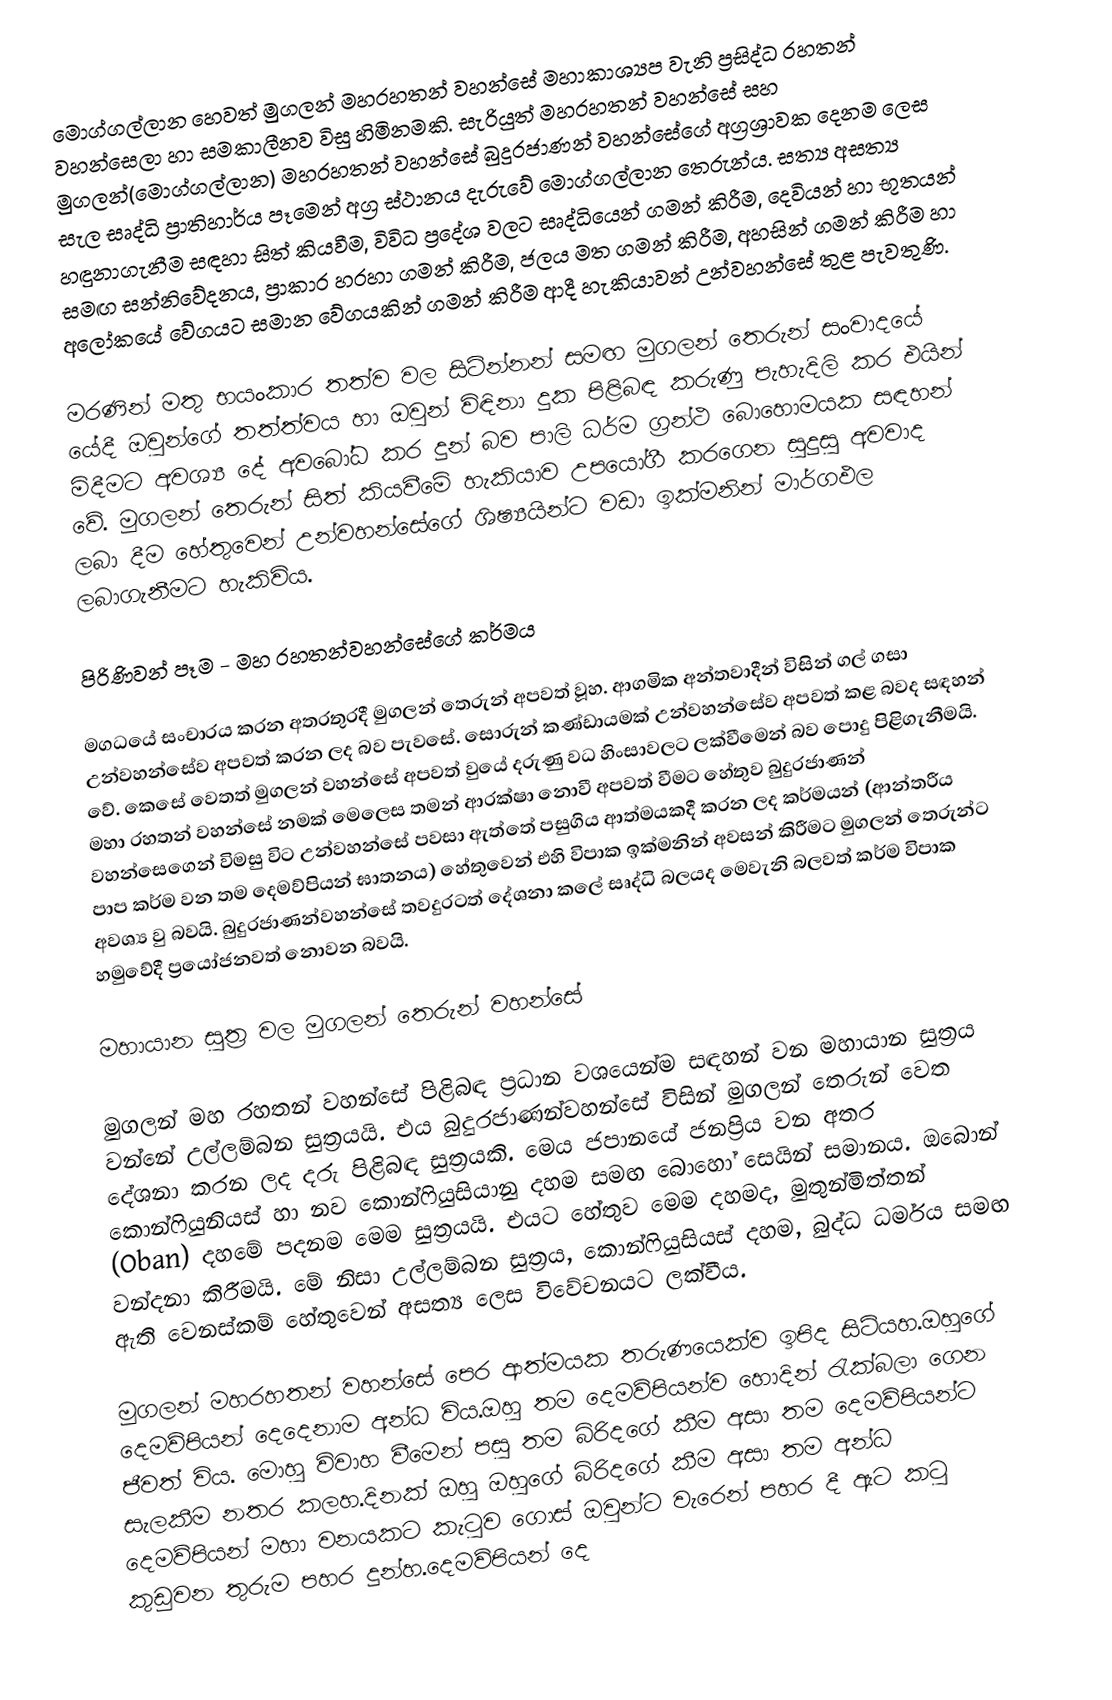
මොග්ගල්ලාන හෙවත් මුගලන් මහරහතන් වහන්සේ මහාකාශ්‍යප වැනි ප්‍රසිද්ධ රහතන් වහන්සෙලා හා සමකාලීනව විසු හිමිනමකි. සැරියුත් මහරහතන් වහන්සේ සහ මුගලන්(මොග්ගල්ලාන) මහරහතන් වහන්සේ බුදුරජාණන් වහන්සේගේ අග්‍රශ්‍රාවක දෙනම ලෙස සැල සෘද්ධි ප්‍රාතිහාර්ය පෑමෙන් අග්‍ර ස්ථානය දැරුවේ මොග්ගල්ලාන තෙරුන්ය. සත්‍ය අසත්‍ය හඳුනාගැනීම සඳහා සිත් කියවීම, විවිධ ප්‍රදේශ වලට සෘද්ධියෙන් ගමන් කිරීම, දෙවියන් හා භූතයන් සමඟ සන්නිවේදනය, ප්‍රාකාර හරහා ගමන් කිරීම, ජලය මත ගමන් කිරීම, අහසින් ගමන් කිරීම හා අලෝකයේ වේගයට සමාන වේගයකින් ගමන් කිරීම ආදී හැකියාවන් උන්වහන්සේ තුළ පැවතුණි.

මරණින් මතු භයංකාර තත්ව වල  සිටින්නන් සමඟ මුගලන් තෙරුන් සංවා‍ද‍යේ යේදී ඔවුන්ගේ තත්ත්වය හා ඔවුන් විඳිනා දුක පිළිබඳ කරුණු පැහැදිලි කර එයින් මිදීමට අවශ්‍ය දේ අවබෝධ කර දුන් බව පාලි ධර්ම ග්‍රන්ථ බොහොමයක සඳහන් වේ. මුගලන් තෙරුන් සිත් කියවීමේ හැකියාව උපයෝගී කරගෙන සුදුසු අවවාද ලබා දීම හේතුවෙන් උන්වහන්සේගේ ශිෂ්‍යයින්ට  වඩා ඉක්මනින් මාර්ගඵල ලබාගැනීමට හැකිවිය.

පිරිණිවන් පෑම - මහ රහතන්වහන්සේගේ කර්මය

මගධයේ සංචාරය කරන අතරතුරදී මුගලන් තෙරුන් අපවත් වූහ. ආගමික අන්තවාදීන් විසින් ගල් ගසා උන්වහන්සේව අපවත් කරන ලද බව පැවසේ. සොරුන් කණ්ඩායමක් උන්වහන්සේව අපවත් කළ බවද සඳහන් වේ. කෙසේ වෙතත් මුගලන් වහන්සේ අපවත් වුයේ දරුණු වධ හිංසාවලට ලක්වීමෙන් බව පොදු පිළිගැනීමයි. මහා රහතන් වහන්සේ නමක් මෙලෙස තමන් ආරක්ෂා නොවී අපවත් වීමට හේතුව බුදුරජාණන් වහන්සෙ‍ගෙන් විමසු විට උන්වහන්සේ පවසා ඇත්තේ පසුගිය ආත්මයකදී කරන ලද කර්මයන් (ආන්තරීය පාප කර්ම වන තම දෙමව්පියන් ඝාතනය) හේතුවෙන් එහි විපාක ඉක්මනින් අවසන් කිරීමට මුගලන් තෙරුන්ට අවශ්‍ය වු බවයි. බුදුරජාණන්වහන්සේ තවදුරටත් දේශනා කලේ සෘද්ධි බලයද මෙවැනි බලවත් කර්ම විපාක හමුවේදී ප්‍රයෝජනවත් නොවන බවයි.

මහායාන සුත්‍ර වල මුගලන් තෙරුන් වහන්සේ

මුගලන් මහ රහතන් වහන්සේ පිළිබඳ ප්‍රධාන වශයෙන්ම සඳහන් වන මහායාන සුත්‍රය වන්නේ උල්ලම්බන සුත්‍රයයි. එය බුදුරජාණන්වහන්සේ විසින් මුගලන් තෙරුන් වෙත දේශනා කරන ලද දරු පිළිබඳ සුත්‍රයකි. මෙය ජපානයේ ජනප්‍රිය වන අතර කොන්ෆියුනියස් හා නව කොන්ෆියුසියානු දහම සමඟ බොහෝ සෙයින් සමානය. ඔබොන් (Oban) දහමේ පදනම මෙම සුත්‍රයයි. එයට ‍හේතුව මෙම දහමද, මුතුන්මිත්තන් වන්දනා කිරීමයි. මේ නිසා උල්ලම්බන සුත්‍රය, කොන්ෆියුසියස් දහම, බුද්ධ ධර්මය සමඟ ඇති වෙනස්කම් හේතුවෙන් අසත්‍ය ලෙස විවේචනයට ලක්වීය.

මුගලන් මහරහතන් වහන්සේ පෙර ආත්මයක තරුණයෙක්ව ඉපිද සිටියහ.ඔහුගේ දෙමව්පියන් දෙදෙනාම අන්ධ විය.ඔහු තම දෙමව්පියන්ව හොදින් රැක්බලා ගෙන ජීවත් විය. මොහු විවාහ වීමෙන් පසු තම බිරිදගේ කීම අසා තම දෙමව්පියන්ට සැලකීම නතර කලහ.දිනක් ඔහු ඔහුගේ බිරිදගේ කීම අසා තම අන්ධ දෙමව්පියන් මහා වනයකට කැටුව ගොස් ඔවුන්ට වැරෙන් පහර දී ඇට කටු කුඩුවන තුරුම පහර දුන්හ.දෙමව්පියන් දෙ